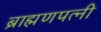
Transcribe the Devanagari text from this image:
ब्राह्मणपत्नी